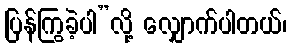
ပြန်ကြွခဲ့ပါ”လို့ လျှောက်ပါတယ်၊